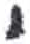
אות: י